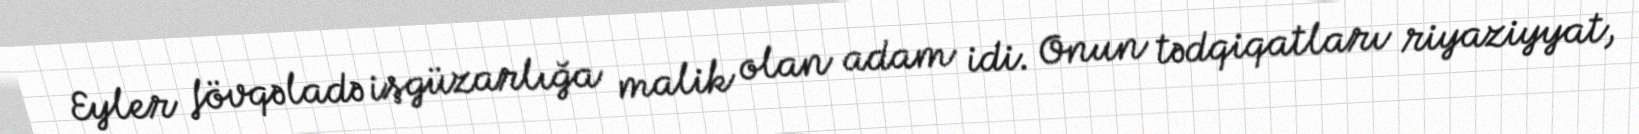
Eyler fövqəladə işgüzarlığa malik olan adam idi. Onun tədqiqatları riyaziyyat,